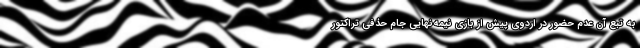
به تبع آن عدم حضور در اردوی پیش از بازی نیمه‌نهایی جام حذفی تراکتور